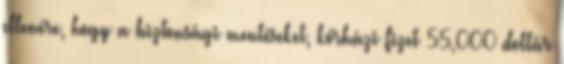
ellenére, hogy a biztonsági mentéseket, kórházi fizet 55,000 dollár